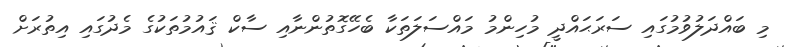
މި ބައްދަލުވުމުގައި ސަރަޙައްދީ މުހިންމު މައްސަލަތަކާ ބެހޭގޮތުންނާއި ސާކް ޤައުމުތަކުގެ މެދުގައި އިތުރަށް